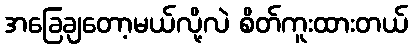
အခြေချတော့မယ်လို့လဲ စိတ်ကူးထားတယ်